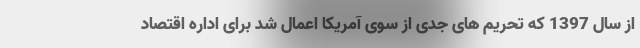
از سال 1397 که تحریم های جدی از سوی آمریکا اعمال شد برای اداره اقتصاد